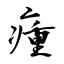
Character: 瘇